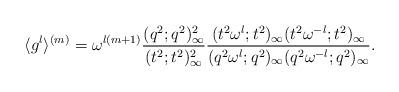
LaTeX: \begin{align*}\langle g^l \rangle ^{(m)}=\omega ^{l(m+1)}\displaystyle\frac{(q^2 ; q^{2})_{\infty}^{2}} {(t^2 ; t^{2})_{\infty}^{2}}\displaystyle\frac{(t^2 \omega ^{l} ; t^{2})_{\infty} (t^{2}\omega ^{-l} ; t^{2})_{\infty}} {(q^2 \omega ^{l} ; q^{2})_{\infty} (q^{2}\omega ^{-l} ; q^{2})_{\infty}}.\end{align*}